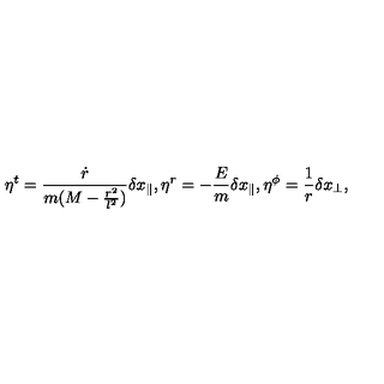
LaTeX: \eta ^ { t } = \frac { \dot { r } } { m ( M - \frac { r ^ { 2 } } { l ^ { 2 } } ) } \delta x _ { \parallel } , \eta ^ { r } = - \frac { E } { m } \delta x _ { \parallel } , \eta ^ { \phi } = \frac { 1 } { r } \delta x _ { \perp } ,